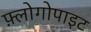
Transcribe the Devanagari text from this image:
फ़्लोगोपाइट